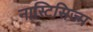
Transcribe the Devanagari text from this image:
नास्टिसिज्म